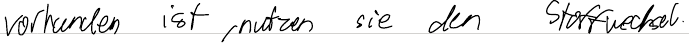
vorhanden ist, nutzen sie den Stoffwechsel.